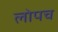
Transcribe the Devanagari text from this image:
लोपच